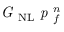
\textit { G } _ { \mathrm { N L } } \textit { p } _ { f } ^ { n }